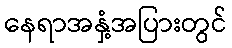
နေရာအနှံ့အပြားတွင်